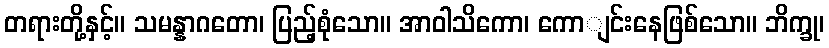
တရားတို့နှင့်။ သမန္နာဂတော၊ ပြည့်စုံသော။ အာဝါသိကော၊ ကောျင်းနေဖြစ်သော။ ဘိက္ခု၊